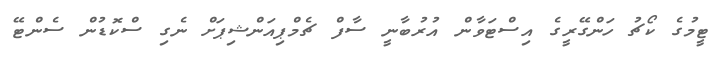
ޓީމުގެ ކޯޗު ހަންގޭރީގެ އިސްޓަވާން އުރުބާނީ ސާފް ޗެމްޕިއަންޝިޕަށް ނެގި ސްކޮޑުން ސެންޓޭ